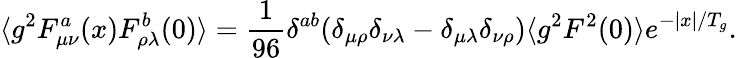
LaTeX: \langle g^{2}F_{\mu\nu}^{a}(x)F_{\rho\lambda}^{b}(0)\rangle={\frac{1}{96}}\delta^{ab}(\delta_{\mu\rho}\delta_{\nu\lambda}-\delta_{\mu\lambda}\delta_{\nu\rho})\langle g^{2}F^{2}(0)\rangle e^{-\vert x\vert/T_{g}}.